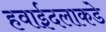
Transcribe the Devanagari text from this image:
हवाईदलाकडे